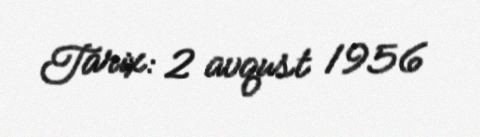
Tarix: 2 avqust 1956